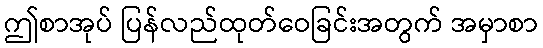
ဤစာအုပ် ပြန်လည်ထုတ်ဝေခြင်းအတွက် အမှာစာ